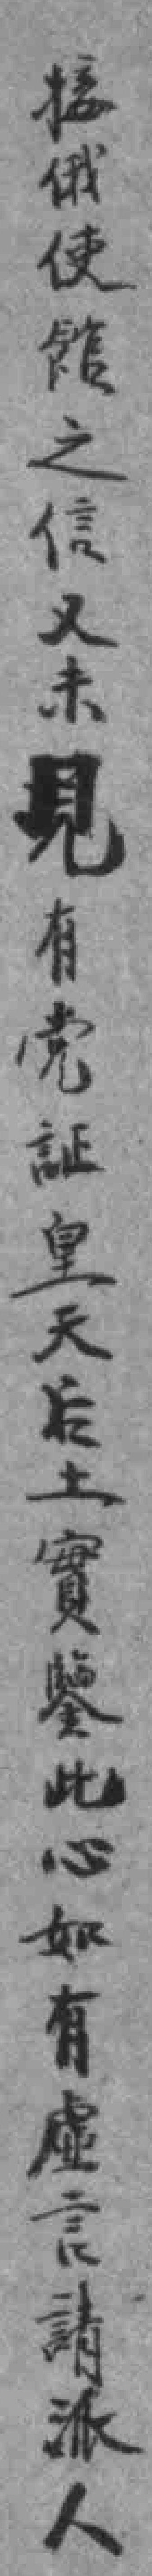
接俄使館之信又未見有党証皇天后土實鑒此心如有虚言請派人